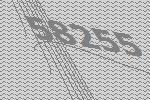
58255